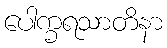
ပေါက္ခရသာတိနာ